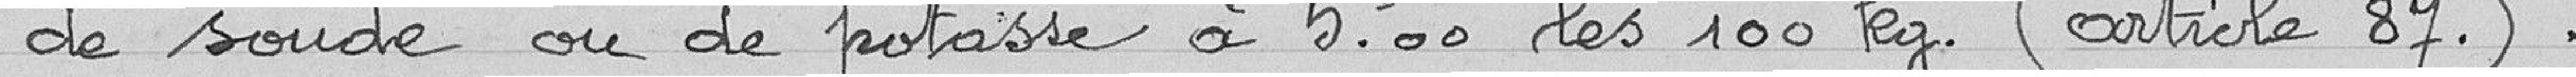
de soude ou de potasse à 5,00 francs les 100 kilogrammes (article 87).